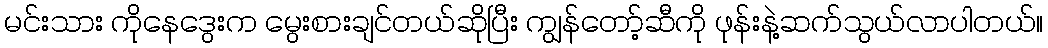
မင်းသား ကိုနေဒွေးက မွေးစားချင်တယ်ဆိုပြီး ကျွန်တော့်ဆီကို ဖုန်းနဲ့ဆက်သွယ်လာပါတယ်။